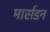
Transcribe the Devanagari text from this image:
मार्सडन